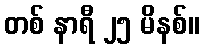
တစ် နာရီ ၂၅ မိနစ်။